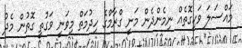
މައްސަލަ ވަކިގޮތެއް ނިމެންދެން މަނީ ގްރާމްގެ ހިދުމަތް މިވަނީ ވަގުތީ ގޮތުން މެދު